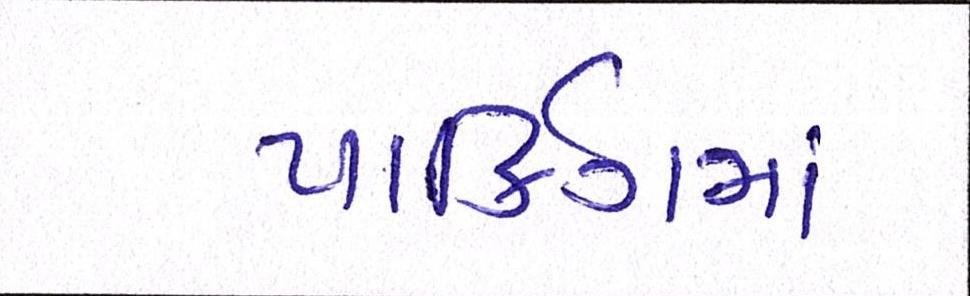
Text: પાર્કિંગમાં